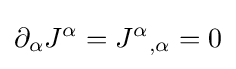
\partial _{\alpha }J^{\alpha }=J^{\alpha }{}_{,\alpha }=0